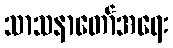
သာသနာတော်အရေး